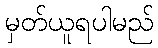
မှတ်ယူရပါမည်